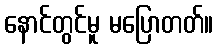
နောင်တွင်မူ မပြောတတ်။